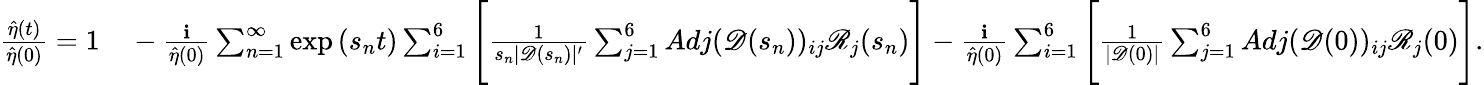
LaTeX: \begin{array}{rl}{\frac{\hat{\eta}(t)}{\hat{\eta}(0)}=1}&{{}-\frac{\textbf{i}}{\hat{\eta}(0)}\sum_{n=1}^{\infty}\exp{(s_{n}t)}\sum_{i=1}^{6}\Bigg[\frac{1}{s_{n}|\mathscr{D}(s_{n})|^{\prime}}\sum_{j=1}^{6}Adj(\mathscr{D}(s_{n}))_{ij}\mathscr{R}_{j}(s_{n})\Bigg]-\frac{\textbf{i}}{\hat{\eta}(0)}\sum_{i=1}^{6}\Bigg[\frac{1}{|\mathscr{D}(0)|}\sum_{j=1}^{6}Adj(\mathscr{D}(0))_{ij}\mathscr{R}_{j}(0)\Bigg].}\end{array}